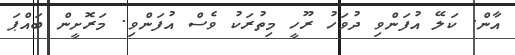
އާން. ކަލޭ އުފަންވި ދުވަހު ރޫހީ މިތުރަކު ވެސް އުފަންވި. މަރޮށީން ބައްޕަ